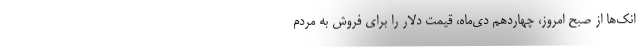
انک‌ها از صبح امروز، چهاردهم دی‌ماه، قیمت دلار را برای فروش به مردم